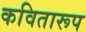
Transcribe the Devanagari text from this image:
कवितारूप